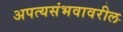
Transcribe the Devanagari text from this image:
अपत्यसंभवावरील